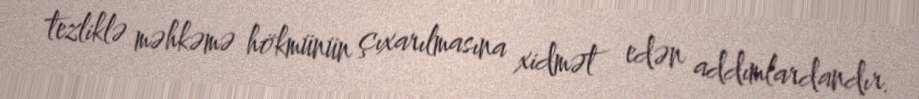
tezliklə məhkəmə hökmünün çıxarılmasına xidmət edən addımlardandır.